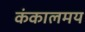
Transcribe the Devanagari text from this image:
कंकालमय